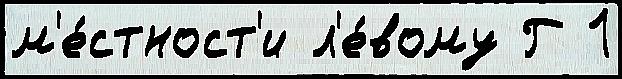
м'е́стност'и л'е́вому Г 1